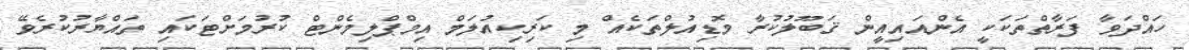
ހައްދަވާ ފަރާތްތަކަކީ އެންއައިއީން ޤަބޫލުކުރާ މޮޑިއުލްތަކެއް މި ކަރިކިއުލަމް އިމްޕްލިމެންޓް ކުރުމަށްޓަކައި ތައްޔާރުކުރެވޭ